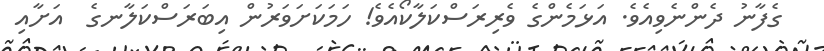
ގެފާނު ދެންނެވިއެވެ. އަޅަމެންގެ ވެރިރަސްކަލާކޯއެވެ! ހަމަކަށަވަރުން އިބަރަސްކަލާނގެ  އަށާއި